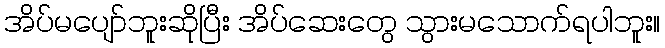
အိပ်မပျော်ဘူးဆိုပြီး အိပ်ဆေးတွေ သွားမသောက်ရပါဘူး။